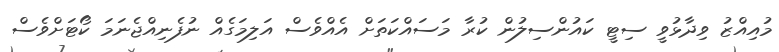
މުއިއްޒު ވިދާޅުވީ ސިޓީ ކައުންސިލުން ކުރާ މަސައްކަތަށް އެއްވެސް އަލިމަގެއް ނުފެނިއްޖެނަމަ ކޯޓަށްވެސް